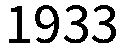
1933